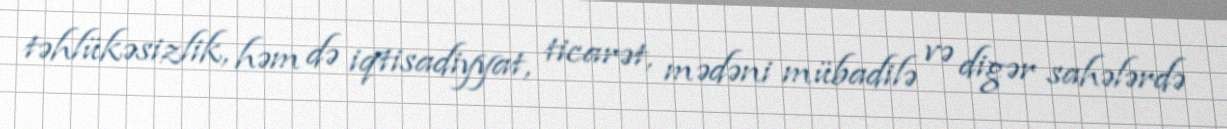
təhlükəsizlik, həm də iqtisadiyyat, ticarət, mədəni mübadilə və digər sahələrdə